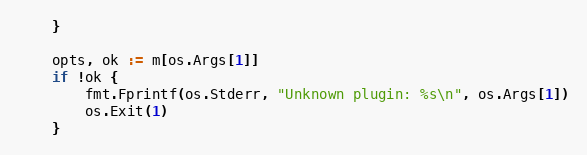
Language: Go
	}

	opts, ok := m[os.Args[1]]
	if !ok {
		fmt.Fprintf(os.Stderr, "Unknown plugin: %s\n", os.Args[1])
		os.Exit(1)
	}